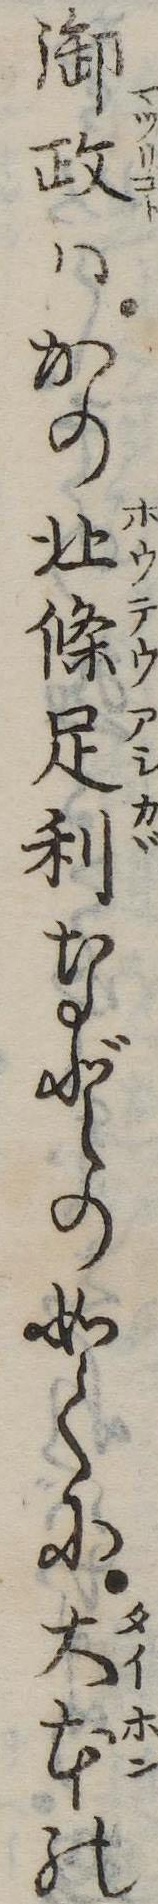
御政はかの北条足利などの如くに大本の